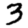
Digit: 3